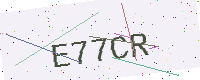
Text: E77CR